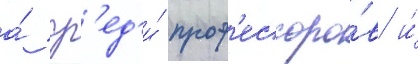
а́ ср'ед'и́ проф'ессоро́в и́